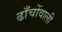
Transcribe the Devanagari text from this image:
ढाँचोंवाली